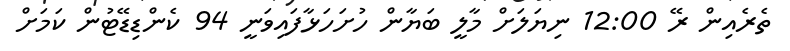
ތެރެއިން ރޭ 12:00 ނިޔަލަށް މާލީ ބަޔާން ހުށަހަޅާފައިވަނީ 94 ކެންޑިޑޭޓުން ކަމަށް